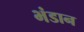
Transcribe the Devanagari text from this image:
भंडान